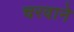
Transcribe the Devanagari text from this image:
चरवाने